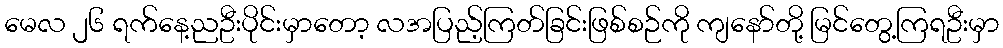
မေလ ၂၆ ရက်နေ့ညဦးပိုင်းမှာတော့ လအပြည့်ကြတ်ခြင်းဖြစ်စဉ်ကို ကျနော်တို့ မြင်တွေ့ကြရဦးမှာ